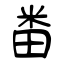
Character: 畨